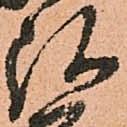
弘